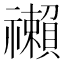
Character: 䄤